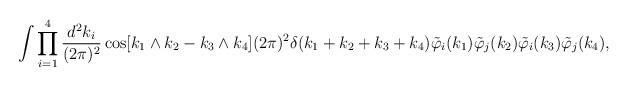
LaTeX: \begin{align*}\int\prod_{i=1}^4\frac{d^2k_i}{(2\pi)^2}\cos[k_1\wedge k_2-k_3\wedge k_4](2\pi)^2\delta(k_1+k_2+k_3+k_4)\tilde \varphi_i(k_1)\tilde \varphi_j(k_2)\tilde \varphi_i(k_3)\tilde\varphi_j(k_4),\end{align*}